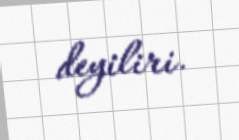
deyiliri.